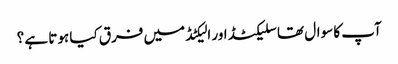
آپ کا سوال تھا سلیکٹڈ اور الیکٹڈ میں فرق کیا ہوتا ہے ؟